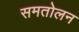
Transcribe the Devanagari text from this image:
समतोलन